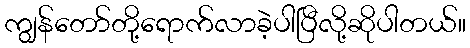
ကျွန်တော်တို့ရောက်လာခဲ့ပါပြီလို့ဆိုပါတယ်။